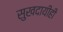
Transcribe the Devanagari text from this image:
सुखदायीही